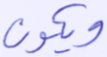
ويكون